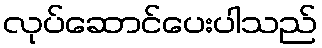
လုပ်ဆောင်ပေးပါသည်